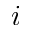
i